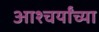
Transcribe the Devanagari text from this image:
आश्चर्यांच्या